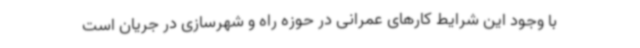
با وجود این شرایط کارهای عمرانی در حوزه راه و شهرسازی در جریان است